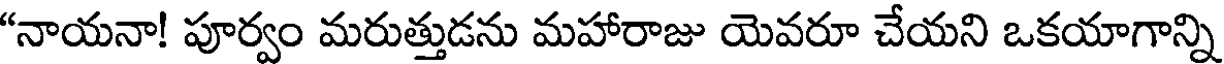
"నాయనా! పూర్వం మరుత్తుడను మహారాజు యెవరూ చేయని ఒకయాగాన్ని